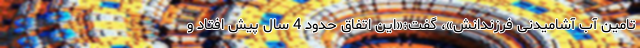
تامین آب آشامیدنی فرزندانش»، گفت:«این اتفاق حدود 4 سال پیش افتاد و